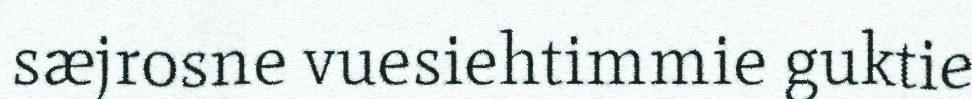
sæjrosne vuesiehtimmie guktie